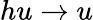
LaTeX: hu\rightarrow u